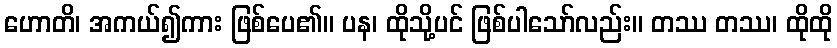
ဟောတိ၊ အကယ်၍ကား ဖြစ်ပေ၏။ ပန၊ ထိုသို့ပင် ဖြစ်ပါသော်လည်း။ တဿ တဿ၊ ထိုထို